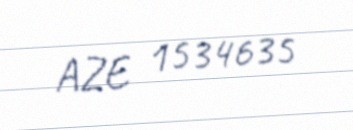
AZE 1534635